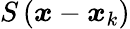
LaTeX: S\left(\boldsymbol{x}-\boldsymbol{x}_{k}\right)